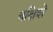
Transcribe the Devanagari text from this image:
बक्षिशे